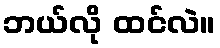
ဘယ်လို ထင်လဲ။